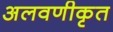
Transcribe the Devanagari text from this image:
अलवणीकृत